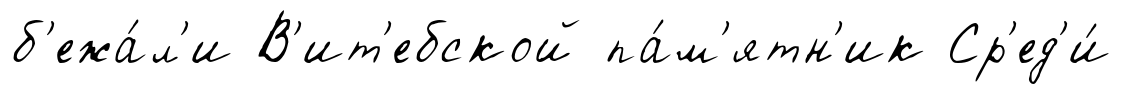
б'ежа́л'и В'ит'ебской па́м'ятн'ик Ср'ед'и́